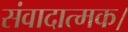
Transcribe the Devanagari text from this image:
संवादात्मक।